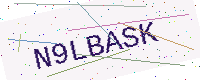
Text: N9LBASK